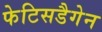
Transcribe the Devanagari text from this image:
फेटिसडैगेन